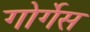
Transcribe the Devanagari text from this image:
गोर्गेस